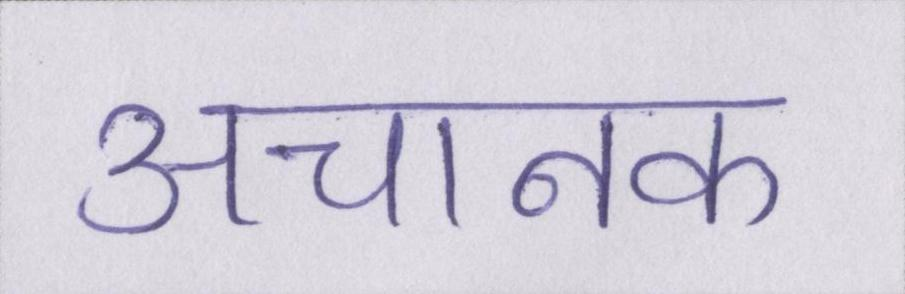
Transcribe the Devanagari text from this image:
अचानक